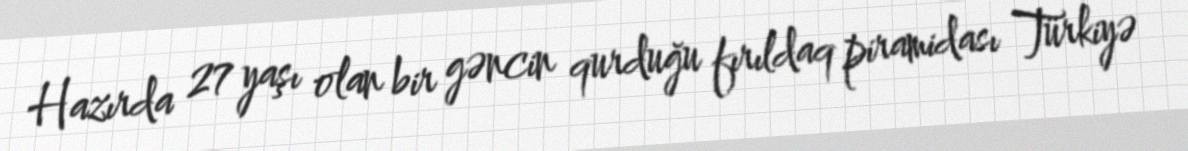
Hazırda 27 yaşı olan bir gəncin qurduğu fırıldaq piramidası Türkiyə